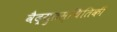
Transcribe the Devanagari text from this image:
वैद्युतस्थितिकी